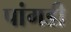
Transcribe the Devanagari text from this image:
पांगडी